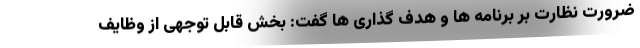
ضرورت نظارت بر برنامه ها و هدف گذاری ها گفت: بخش قابل توجهی از وظایف